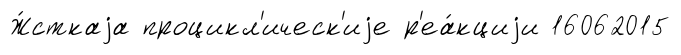
Ж́сткаjа процикл'ическ'иjе р'еа́кциjи 16062015